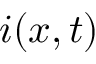
i ( x , t )